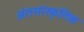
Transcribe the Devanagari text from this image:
अंतसांस्कृतिक